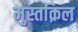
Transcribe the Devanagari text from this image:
मुस्तक़िल